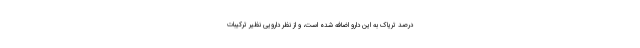
درصد تریاک به این دارو اضافه شده است، و از نظر دارویی نظیر ترکیبات